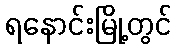
ရနောင်းမြို့တွင်